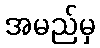
အမည်မှ